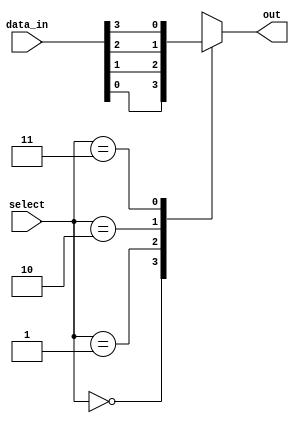
module mux_4to1 (
    input [3:0] data_in,
    input [1:0] select,
    output reg out
);

always @(*) begin
    case(select)
        2'b00: out = data_in[0];
        2'b01: out = data_in[1];
        2'b10: out = data_in[2];
        2'b11: out = data_in[3];
    endcase
end

endmodule